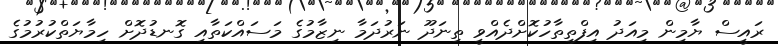
ރައީސް ޔާމިން މިއަދު އިފްތިތާހުކޮށްދެއްވީ ތިނަދޫ ނަރުދަމާ ނިޒާމުގެ މަސައްކަތާއި ގޮނޑުދޮށް ހިމާޔަތްކުރުމުގެ